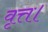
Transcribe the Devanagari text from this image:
वृत्त।